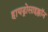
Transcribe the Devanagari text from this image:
हायड्रोसाइक्लॉन